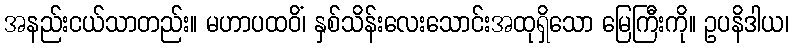
အနည်းငယ်သာတည်း။ မဟာပထဝိံ၊ နှစ်သိန်းလေးသောင်းအထုရှိသော မြေကြီးကို။ ဥပနိဒါယ၊